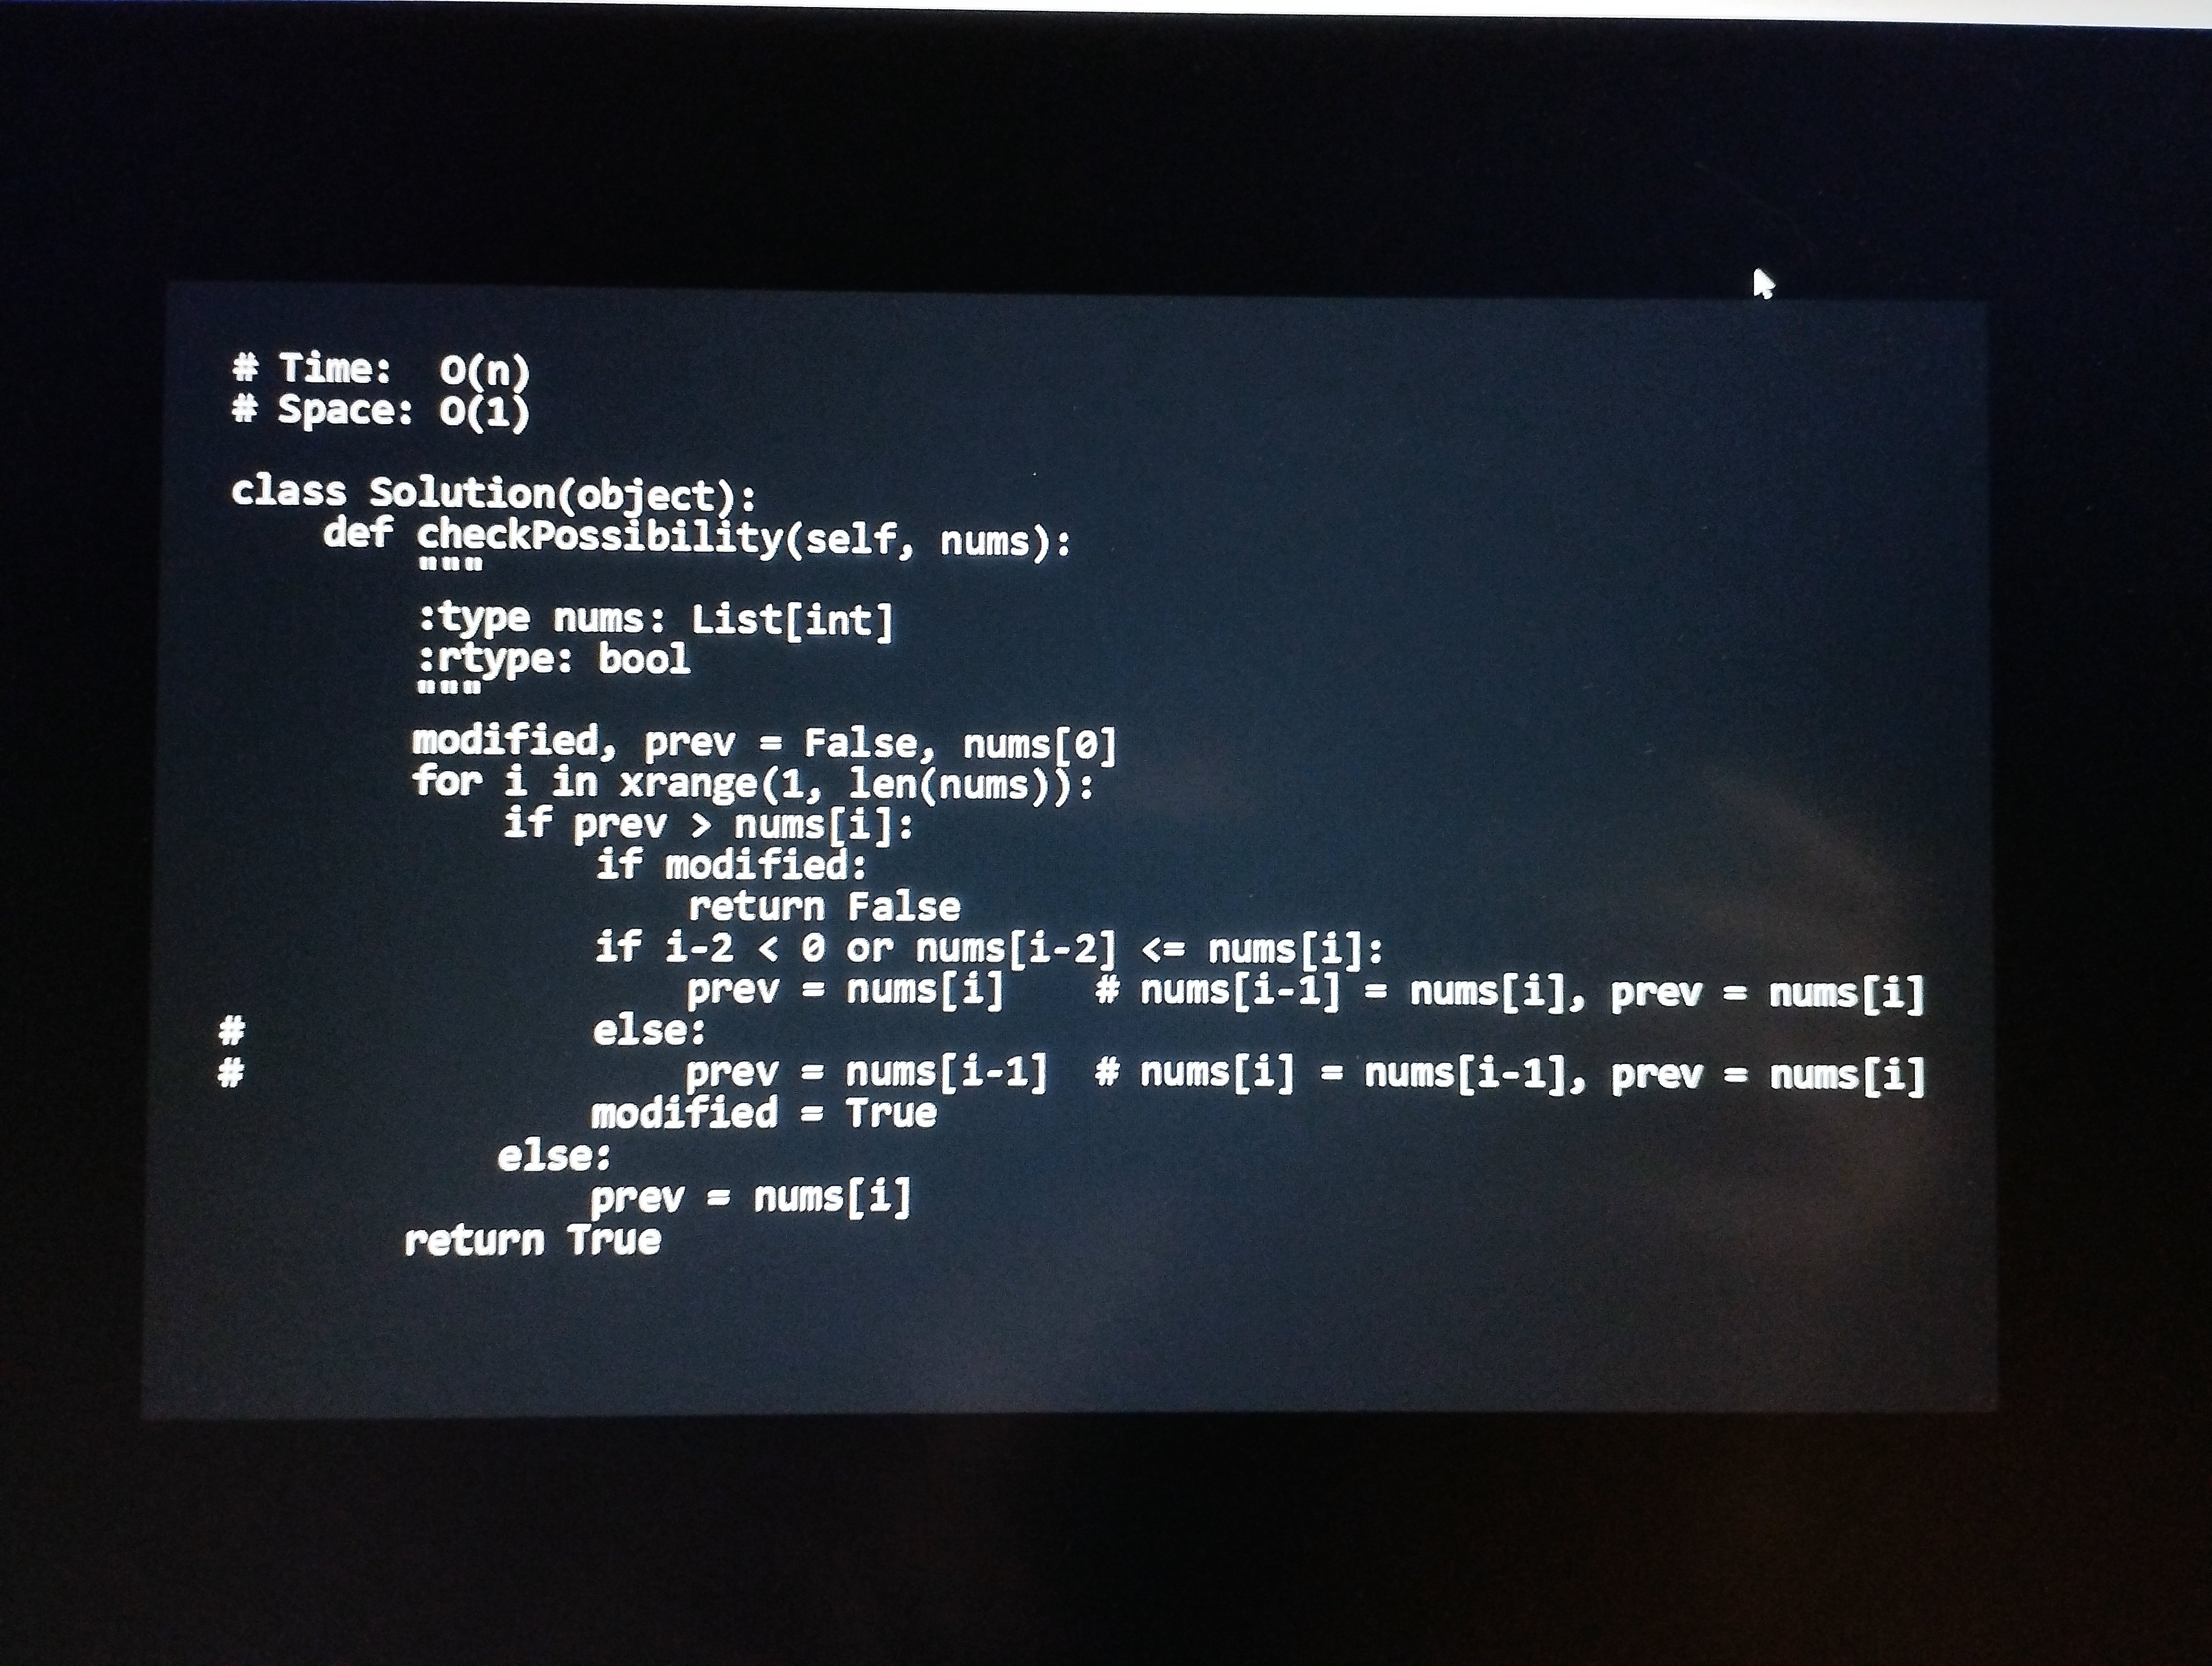
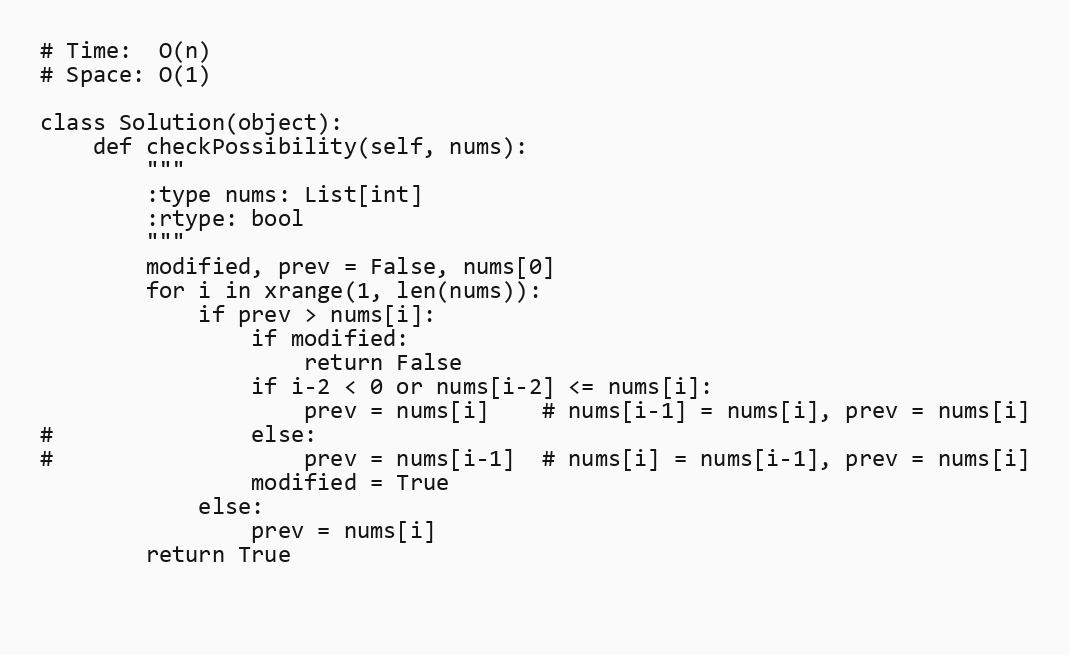
# Time:  O(n)
# Space: O(1)

class Solution(object):
    def checkPossibility(self, nums):
        """
        :type nums: List[int]
        :rtype: bool
        """
        modified, prev = False, nums[0]
        for i in xrange(1, len(nums)):
            if prev > nums[i]:
                if modified:
                    return False
                if i-2 < 0 or nums[i-2] <= nums[i]:
                    prev = nums[i]    # nums[i-1] = nums[i], prev = nums[i]
#               else:
#                   prev = nums[i-1]  # nums[i] = nums[i-1], prev = nums[i]
                modified = True
            else:
                prev = nums[i]
        return True